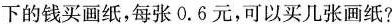
下的钱买画纸，每张0.6元，可以买几张画纸?